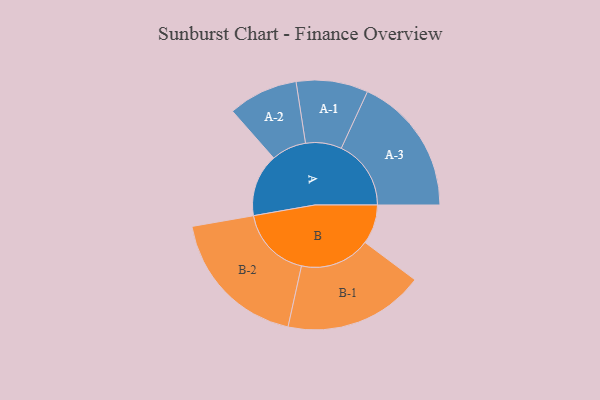
{"axis": {"x": "Segment", "y": "Value"}, "legend": ["", "A", "B"], "data": [{"x": "A", "y": 237, "type": ""}, {"x": "B", "y": 149, "type": ""}, {"x": "A-1", "y": 136, "type": "A"}, {"x": "A-2", "y": 132, "type": "A"}, {"x": "A-3", "y": 264, "type": "A"}, {"x": "B-1", "y": 266, "type": "B"}, {"x": "B-2", "y": 274, "type": "B"}]}